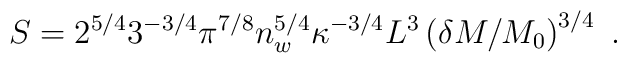
S = 2^{5/4} 3^{-3/4} \pi^{7/8} n_w^{5/4} \kappa^{-3/4} L^3    \left( \delta M / M_0 \right)^{3/4} \ .